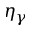
\eta _ { \gamma }